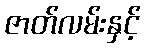
ဇာတ်လမ်းနှင့်